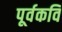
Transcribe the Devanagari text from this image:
पूर्वकवि